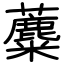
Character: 蘪